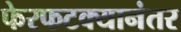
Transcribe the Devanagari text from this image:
फेरफटक्यानंतर